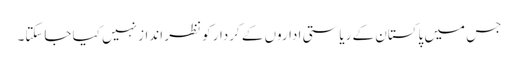
جس میں پاکستان کے ریاستی اداروں کے کردار کو نظر انداز نہیں کیا جاسکتا۔